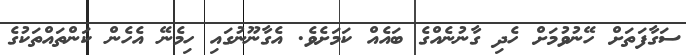
ސަގާފަތަށް ހޭނުވުމަށް ހެދި ގާނުނެއްގެ ބައެއް ކަމަށެވެ. އެގާނޫނުގައި ހިމެނޭ އެހެން ކަންތައްތަކުގެ